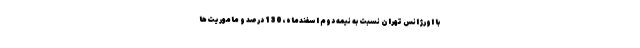
با اورژانس تهران نسبت به نیمه دوم اسفندماه، 130 درصد و ماموریت‌ها